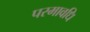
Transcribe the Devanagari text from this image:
परमावधि